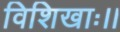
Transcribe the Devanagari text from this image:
विशिखाः।।